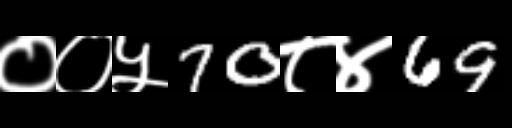
Text: ००५70८४69